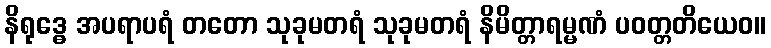
နိရုဒ္ဓေ အပရာပရံ တတော သုခုမတရံ သုခုမတရံ နိမိတ္တာရမ္မဏံ ပဝတ္တတိယေဝ။